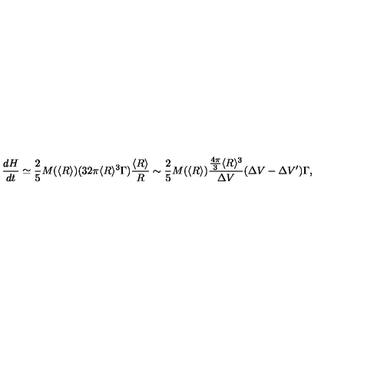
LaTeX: \frac { d H } { d t } \simeq \frac { 2 } { 5 } M ( \langle R \rangle ) ( 3 2 \pi \langle R \rangle ^ { 3 } \Gamma ) \frac { \langle R \rangle } { R } \sim \frac { 2 } { 5 } M ( \langle R \rangle ) \frac { \frac { 4 \pi } { 3 } \langle R \rangle ^ { 3 } } { \Delta V } ( \Delta V - \Delta V ^ { \prime } ) \Gamma ,